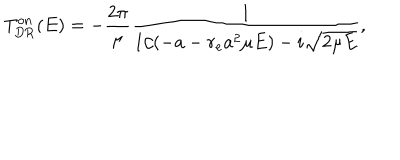
LaTeX: T _ { \mathrm { D R } } ^ { \mathrm { o n } } ( E ) = - \frac { 2 \pi } { \mu } \frac { 1 } { 1 / ( - a - r _ { e } a ^ { 2 } \mu E ) - i \sqrt { 2 \mu E } } ,